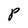
Character: P